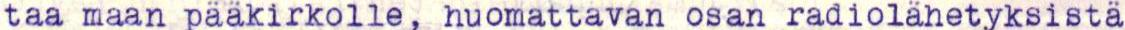
taa maan pääkirkolle, huomattavan osan radiolähetyksistä